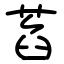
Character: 萏